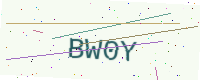
Text: BW0Y